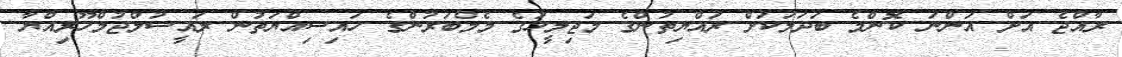
ރާއްޖެ އަށް އަންނަ ކޮންމެ ބަދަލަކަށް ރައްޔިތުންގެ މަޖިލީހުގެ މެމްބަރުންގެ ހައިސިއްޔަތުން ރައީސުލްޖުމްހޫރިއްޔާ